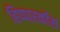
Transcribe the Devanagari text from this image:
हिप्पारकॉस